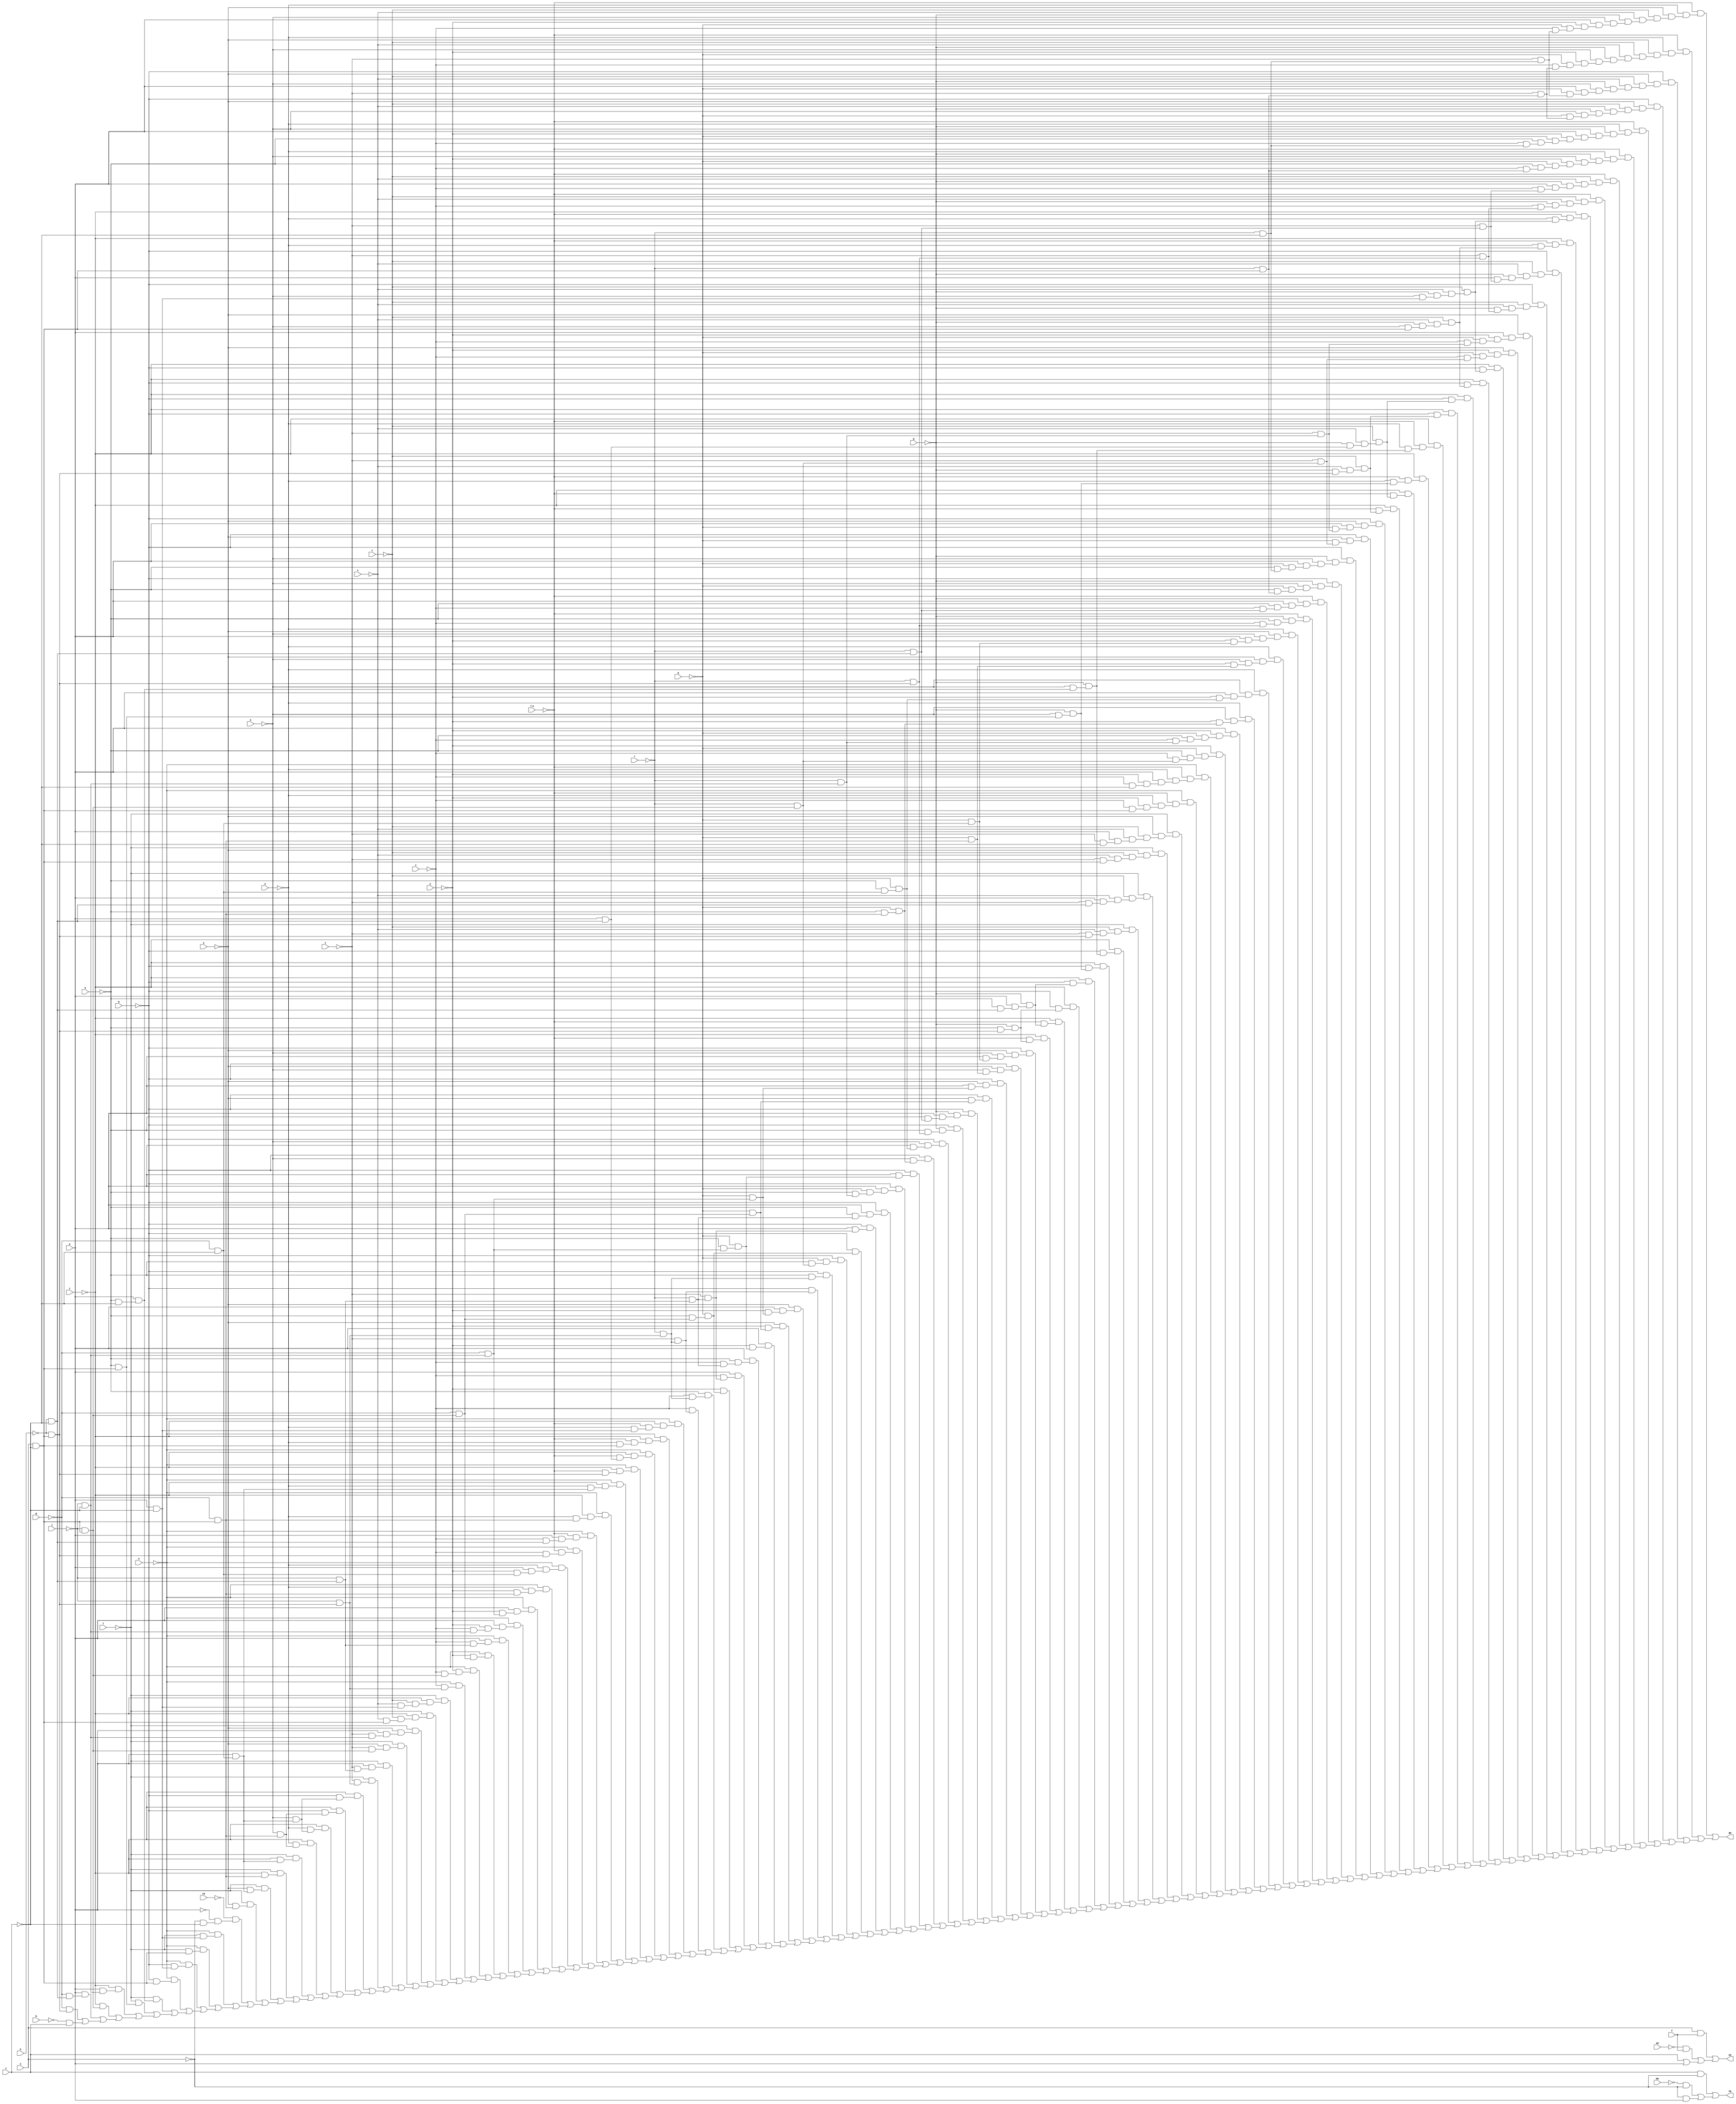
// IWLS benchmark module "frg1" printed on Wed May 29 16:08:42 2002
module frg1(a, b, c, e, f, g, h, i, j, k, l, m, n, o, p, q, r, s, t, u, v, w, \x , y, z, a0, b0, c0, d0, e0, f0);
input
  c0,
  a,
  b,
  c,
  e,
  f,
  g,
  h,
  i,
  j,
  k,
  l,
  m,
  n,
  o,
  p,
  q,
  r,
  s,
  t,
  u,
  v,
  w,
  \x ,
  y,
  z,
  a0,
  b0;
output
  d0,
  e0,
  f0;
wire
  \[0] ,
  \[1] ,
  \[2] ;
assign
  d0 = \[0] ,
  e0 = \[1] ,
  f0 = \[2] ,
  \[0]  = (~\x  & (~w & (~u & (~t & (~s & (~p & (~o & (a & (~y & (~q & (~z & (~v & (~r & ~c))))))))))))) | ((~\x  & (~w & (~u & (~t & (~s & (~p & (~o & (~y & (~q & (~z & (~v & (~r & (e & ~c))))))))))))) | ((~m & (~u & (~t & (~s & (~p & (~o & (a & (~q & (~v & (~r & ~c)))))))))) | ((~m & (~u & (~t & (~s & (~p & (~o & (~q & (~v & (~r & (e & ~c)))))))))) | ((~\x  & (~w & (~p & (~o & (a & (~y & (~q & (~k & (~z & (~r & ~c)))))))))) | ((~\x  & (~w & (~p & (~o & (~y & (~q & (~k & (~z & (~r & (e & ~c)))))))))) | ((~\x  & (~t & (~s & (~p & (a & (~z & (~v & (~r & (~h & ~c))))))))) | ((~\x  & (~t & (~s & (~p & (~z & (~v & (~r & (~h & (e & ~c))))))))) | ((~i & (~\x  & (~w & (~t & (~s & (~p & (~o & (a & ~c)))))))) | ((~i & (~\x  & (~w & (~t & (~s & (~p & (~o & (e & ~c)))))))) | ((~m & (~t & (~s & (~p & (a & (~v & (~r & (~h & ~c)))))))) | ((~m & (~t & (~s & (~p & (~v & (~r & (~h & (e & ~c)))))))) | ((~u & (a & (~y & (~q & (~z & (~v & (~r & (~j & ~c)))))))) | ((~u & (~y & (~q & (~z & (~v & (~r & (~j & (e & ~c)))))))) | ((~i & (~m & (~t & (~s & (~p & (~o & (a & ~c))))))) | ((~i & (~m & (~t & (~s & (~p & (~o & (e & ~c))))))) | ((~i & (~m & (~t & (~s & (~p & (a & (~h & ~c))))))) | ((~i & (~m & (~t & (~s & (~p & (~h & (e & ~c))))))) | ((~i & (~\x  & (~w & (~p & (~o & (a & (~k & ~c))))))) | ((~i & (~\x  & (~w & (~p & (~o & (~k & (e & ~c))))))) | ((~i & (~\x  & (~t & (~s & (~p & (a & (~h & ~c))))))) | ((~i & (~\x  & (~t & (~s & (~p & (~h & (e & ~c))))))) | ((~m & (~u & (a & (~q & (~v & (~r & (~j & ~c))))))) | ((~m & (~u & (~q & (~v & (~r & (~j & (e & ~c))))))) | ((~m & (~p & (~o & (a & (~q & (~k & (~r & ~c))))))) | ((~m & (~p & (~o & (~q & (~k & (~r & (e & ~c))))))) | ((~\x  & (~p & (a & (~k & (~z & (~r & (~h & ~c))))))) | ((~\x  & (~p & (~k & (~z & (~r & (~h & (e & ~c))))))) | ((~w & (~u & (~o & (a & (~y & (~q & (~g & ~c))))))) | ((~w & (~u & (~o & (~y & (~q & (~g & (e & ~c))))))) | ((~w & (~o & (a & (~y & (~q & (~k & (~g & ~c))))))) | ((~w & (~o & (~y & (~q & (~k & (~g & (e & ~c))))))) | ((a & (~y & (~q & (~k & (~z & (~r & (~j & ~c))))))) | ((~y & (~q & (~k & (~z & (~r & (~j & (e & ~c))))))) | ((~n & (~\x  & (~w & (a & (~y & (~z & ~c)))))) | ((~n & (~\x  & (~w & (~y & (~z & (e & ~c)))))) | ((~l & (~u & (~t & (~s & (a & (~v & ~c)))))) | ((~l & (~u & (~t & (~s & (~v & (e & ~c)))))) | ((~l & (~t & (~s & (a & (~v & (~h & ~c)))))) | ((~l & (~t & (~s & (~v & (~h & (e & ~c)))))) | ((~i & (~m & (~p & (~o & (a & (~k & ~c)))))) | ((~i & (~m & (~p & (~o & (~k & (e & ~c)))))) | ((~i & (~m & (~p & (a & (~k & (~h & ~c)))))) | ((~i & (~m & (~p & (~k & (~h & (e & ~c)))))) | ((~i & (~\x  & (~p & (a & (~k & (~h & ~c)))))) | ((~i & (~\x  & (~p & (~k & (~h & (e & ~c)))))) | ((~m & (~u & (~o & (a & (~q & (~g & ~c)))))) | ((~m & (~u & (~o & (~q & (~g & (e & ~c)))))) | ((~m & (~u & (a & (~q & (~g & (~j & ~c)))))) | ((~m & (~u & (~q & (~g & (~j & (e & ~c)))))) | ((~m & (~p & (a & (~k & (~r & (~h & ~c)))))) | ((~m & (~p & (~k & (~r & (~h & (e & ~c)))))) | ((~m & (~o & (a & (~q & (~k & (~g & ~c)))))) | ((~m & (~o & (~q & (~k & (~g & (e & ~c)))))) | ((~m & (a & (~q & (~k & (~g & (~j & ~c)))))) | ((~m & (a & (~q & (~k & (~r & (~j & ~c)))))) | ((~m & (a & (~k & (~r & (~j & (~h & ~c)))))) | ((~m & (a & (~v & (~r & (~j & (~h & ~c)))))) | ((~m & (~q & (~k & (~g & (~j & (e & ~c)))))) | ((~m & (~q & (~k & (~r & (~j & (e & ~c)))))) | ((~m & (~k & (~r & (~j & (~h & (e & ~c)))))) | ((~m & (~v & (~r & (~j & (~h & (e & ~c)))))) | ((~u & (a & (~y & (~q & (~g & (~j & ~c)))))) | ((~u & (~y & (~q & (~g & (~j & (e & ~c)))))) | ((a & (~y & (~q & (~k & (~g & (~j & ~c)))))) | ((a & (~k & (~z & (~r & (~j & (~h & ~c)))))) | ((a & (~z & (~v & (~r & (~j & (~h & ~c)))))) | ((~y & (~q & (~k & (~g & (~j & (e & ~c)))))) | ((~k & (~z & (~r & (~j & (~h & (e & ~c)))))) | ((~z & (~v & (~r & (~j & (~h & (e & ~c)))))) | ((~n & (~i & (~\x  & (~w & (a & ~c))))) | ((~n & (~i & (~\x  & (~w & (e & ~c))))) | ((~n & (~i & (~\x  & (a & (~h & ~c))))) | ((~n & (~i & (~\x  & (~h & (e & ~c))))) | ((~n & (~i & (~w & (a & (~g & ~c))))) | ((~n & (~i & (~w & (~g & (e & ~c))))) | ((~n & (~\x  & (a & (~z & (~h & ~c))))) | ((~n & (~\x  & (~z & (~h & (e & ~c))))) | ((~n & (~w & (a & (~y & (~g & ~c))))) | ((~n & (~w & (~y & (~g & (e & ~c))))) | ((~n & (a & (~y & (~g & (~j & ~c))))) | ((~n & (a & (~y & (~z & (~j & ~c))))) | ((~n & (a & (~z & (~j & (~h & ~c))))) | ((~n & (~y & (~g & (~j & (e & ~c))))) | ((~n & (~y & (~z & (~j & (e & ~c))))) | ((~n & (~z & (~j & (~h & (e & ~c))))) | ((~l & (~i & (~t & (~s & (a & ~c))))) | ((~l & (~i & (~t & (~s & (e & ~c))))) | ((~l & (~u & (a & (~v & (~j & ~c))))) | ((~l & (~u & (~v & (~j & (e & ~c))))) | ((~l & (a & (~v & (~j & (~h & ~c))))) | ((~l & (~v & (~j & (~h & (e & ~c))))) | ((~i & (~m & (~o & (a & (~g & ~c))))) | ((~i & (~m & (~o & (~g & (e & ~c))))) | ((~i & (~w & (~o & (a & (~g & ~c))))) | ((~i & (~w & (~o & (~g & (e & ~c))))) | ((~l & (~i & (a & (~g & ~c)))) | ((~l & (~i & (~g & (e & ~c)))) | ((~l & (~u & (a & (~g & ~c)))) | ((~l & (~u & (~g & (e & ~c)))) | ((~c0 & (~a & (~e & ~c))) | ((~n & (~l & (a & ~c))) | ((~n & (~l & (e & ~c))) | ((~n & (~m & (a & ~c))) | ((~n & (~m & (e & ~c))) | ((~l & (a & (~k & ~c))) | ((~l & (~k & (e & ~c))) | ((~i & (a & (~j & ~c))) | ((~i & (~j & (e & ~c))) | ((a & (~g & (~h & ~c))) | ((~g & (~h & (e & ~c))) | (~b & c))))))))))))))))))))))))))))))))))))))))))))))))))))))))))))))))))))))))))))))))))))))))))))))))))))))))))))))),
  \[1]  = (e & f) | ((~a0 & f) | (c | a)),
  \[2]  = (c & ~e) | ((~b0 & ~e) | (~e & a));
endmodule